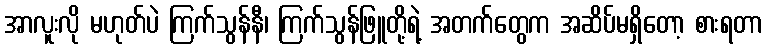
အာလူးလို မဟုတ်ပဲ ကြက်သွန်နီ၊ ကြက်သွန်ဖြူတို့ရဲ့ အတက်တွေက အဆိပ်မရှိတော့ စားရတာ